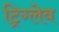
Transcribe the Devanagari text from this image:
ट्रिग्लेव